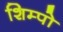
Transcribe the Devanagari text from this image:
शिम्पो